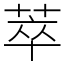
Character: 萃